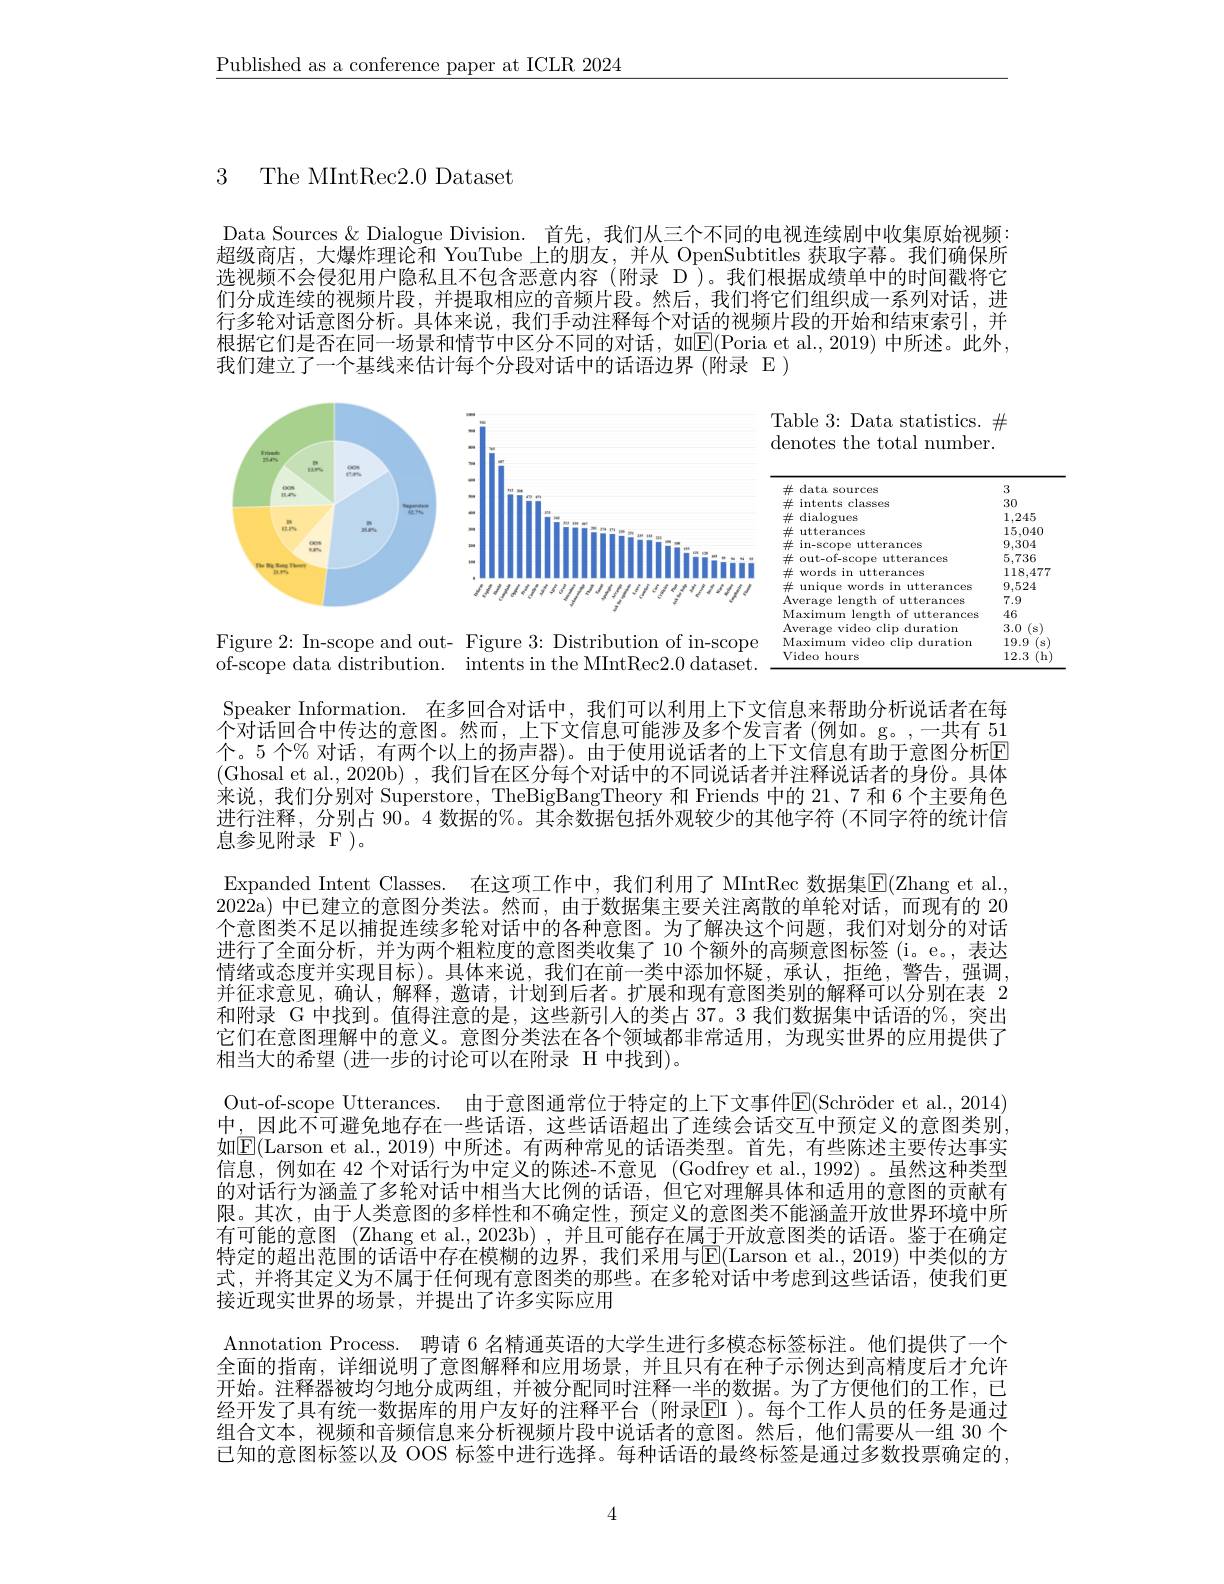
$\underline{\text{Published as a conference paper at ICLR 2024}}$

3 The MIntRec2.0 Dataset

Data Sources & Dialogue Division. 首先，我们从三个不同的电视连续剧中收集原始视频： 超级商店，大爆炸理论和 YouTube 上的朋友，并从 OpenSubtitles 获取字幕。我们确保所选视频不会侵犯用户隐私且不包含恶意内容(附录 D)。我们根据成绩单中的时间戳将它们分成连续的视频片段，并提取相应的音频片段。然后，我们将它们组织成一系列对话，进行多轮对话意图分析。具体来说，我们手动注释每个对话的视频片段的开始和结束索引，并根据它们是否在同一场景和情节中区分不同的对话，如$\overline{\mathbb{E}}($Poria et al.,2019) 中所述。此外， 我们建立了一个基线来估计每个分段对话中的话语边界(附录 E)

Table 3: Data statistics. $\#$ denotes the total number.

Frtande

OOM PAn

$\lim_{n\to\infty}\frac{\cos x}{n^2}$

<FigureHere>

$\lim_{n\to\infty}\frac{n}{n^2}$

<table>
	<tbody>
		<tr>
			<td>$\#$ data sources</td>
			<td>data sources</td>
			<td>3</td>
		</tr>
		<tr>
			<td>$\#$ intents classes</td>
			<td>s classes intents</td>
			<td>30</td>
		</tr>
		<tr>
			<td>$\#$dialogues -</td>
			<td>dialogues</td>
			<td>1.245</td>
		</tr>
		<tr>
			<td>$\#$ utterances 7</td>
			<td>utterances</td>
			<td>15,040</td>
		</tr>
		<tr>
			<td>in-scope utterances 出 上</td>
			<td>in-scope s utterances</td>
			<td>9,304</td>
		</tr>
		<tr>
			<td>out-of-scope utterances 出</td>
			<td>out-of-scope utterances</td>
			<td>5,736</td>
		</tr>
		<tr>
			<td>$\#$ words in utterances 上</td>
			<td>words in utterances</td>
			<td>118,477</td>
		</tr>
		<tr>
			<td>unique words in utterances 世 :</td>
			<td>unique words in utterances</td>
			<td>9,524</td>
		</tr>
		<tr>
			<td>Average length of utterances</td>
			<td>s length of utterances erage</td>
			<td>7.9</td>
		</tr>
		<tr>
			<td>Maximum length of utterances</td>
			<td>ximum length i of utterances</td>
			<td>46</td>
		</tr>
		<tr>
			<td>Average video clip duration</td>
			<td>clip duration Prape video</td>
			<td>3.0 s</td>
		</tr>
		<tr>
			<td>Maximum video clip duration</td>
			<td>uximum video clip duration</td>
			<td>19.9 S</td>
		</tr>
		<tr>
			<td>Video hours</td>
			<td>deo hours</td>
			<td>12.3</td>
		</tr>
	</tbody>
</table>

Figure 2: In-scope and out- Figure 3: Distribution of in-scope of-scope data distribution. intents in the MIntRec2.0 dataset.

Speaker Information. 在多回合对话中，我们可以利用上下文信息来帮助分析说话者在每个对话回合中传达的意图。然而，上下文信息可能涉及多个发言者(例如。g。,一共有 51个。5 个% 对话，有两个以上的扬声器)。由于使用说话者的上下文信息有助于意图分析E (Ghosal et al., 2020b), 我们旨在区分每个对话中的不同说话者并注释说话者的身份。具体来说，我们分别对 Superstore, TheBigBangTheory 和 Friends 中的 21、7 和 6 个主要角色进行注释，分别占 90。4 数据的%。其余数据包括外观较少的其他字符 (不同字符的统计信息参见附录 F )。
Expanded Intent Classes. 在这项工作中，我们利用了 MIntRec 数据集$\mathbb{E}($Zhang et al., 2022a)中已建立的意图分类法。然而，由于数据集主要关注离散的单轮对话，而现有的 20个意图类不足以捕捉连续多轮对话中的各种意图。为了解决这个问题，我们对划分的对话进行了全面分析，并为两个粗粒度的意图类收集了 10 个额外的高频意图标签 (i。e。,表达情绪或态度并实现目标)。具体来说，我们在前一类中添加怀疑，承认，拒绝，警告，强调， 并征求意见，确认，解释，邀请，计划到后者。扩展和现有意图类别的解释可以分别在表 2和附录 G 中找到。值得注意的是，这些新引人的类占 37。3 我们数据集中话语的%,突出它们在意图理解中的意义。意图分类法在各个领域都非常适用，为现实世界的应用提供了相当大的希望 (进一步的讨论可以在附录 H 中找到)。
Out-of-scope Utterances. 由于意图通常位于特定的上下文事件$\mathbb{E} ( \text{Schr\" {o}deretal. , 2014})$ 中，因此不可避免地存在一些话语，这些话语超出了连续会话交互中预定义的意图类别， 如$\mathbb{E}($Larson et al., 2019) 中所述。有两种常见的话语类型。首先，有些陈述主要传达事实信息，例如在 42 个对话行为中定义的陈述-不意见 (Godfrey et al.,1992)。虽然这种类型的对话行为涵盖了多轮对话中相当大比例的话语，但它对理解具体和适用的意图的贡献有限。其次，由于人类意图的多样性和不确定性，预定义的意图类不能涵盖开放世界环境中所有可能的意图 (Zhang et al., 2023b) , 并且可能存在属于开放意图类的话语。鉴于在确定特定的超出范围的话语中存在模糊的边界，我们采用与$\mathbb{E}($Larson et al.,2019) 中类似的方式，并将其定义为不属于任何现有意图类的那些。在多轮对话中考虑到这些话语，使我们更接近现实世界的场景，并提出了许多实际应用
Annotation Process. 聘请 6 名精通英语的大学生进行多模态标签标注。他们提供了一个全面的指南，详细说明了意图解释和应用场景，并且只有在种子示例达到高精度后才允许开始。注释器被均匀地分成两组，并被分配同时注释一半的数据。为了方便他们的工作，已经开发了具有统一数据库的用户友好的注释平台(附录$\overline{\mathrm{EI}}$)。每个工作人员的任务是通过组合文本，视频和音频信息来分析视频片段中说话者的意图。然后，他们需要从一组 30 个已知的意图标签以及 OOS 标签中进行选择。每种话语的最终标签是通过多数投票确定的，

4